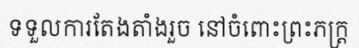
ទទួលការតែងតាំងរួច នៅចំពោះព្រះភក្ត្រ